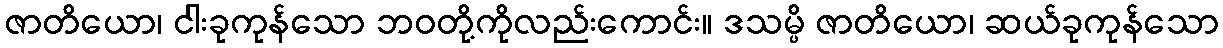
ဇာတိယော၊ ငါးခုကုန်သော ဘဝတို့ကိုလည်းကောင်း။ ဒသမ္ပိ ဇာတိယော၊ ဆယ်ခုကုန်သော